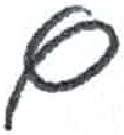
אות: ם